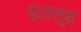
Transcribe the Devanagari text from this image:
इंटरलूड